Report on horse surra - Volume I
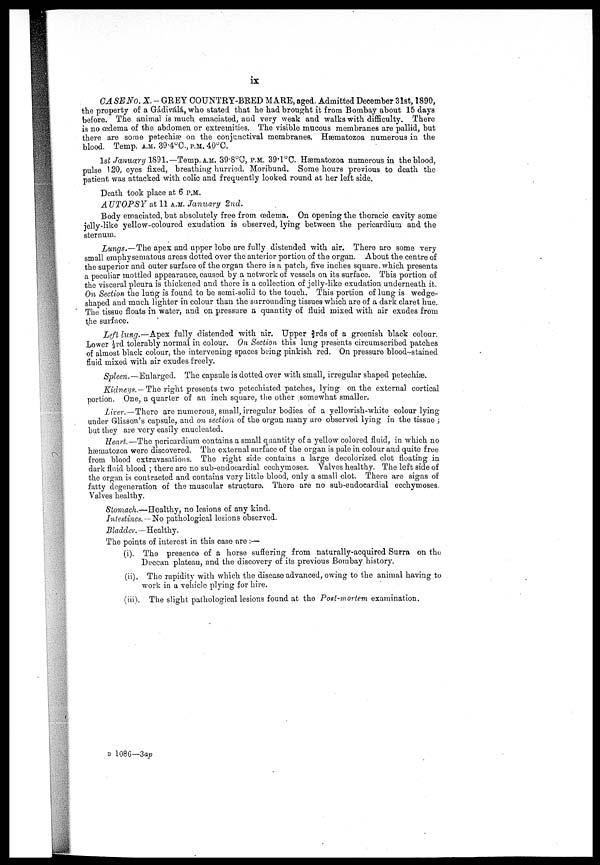
ix
CASE No. X. -GREY COUNTRY-BRED MARE, aged. Admitted December 31st, 1890,
the property of a Gádiválá, who stated that he had brought it from Bombay about 15 days
before. The animal is much emaciated, and very weak and walks with difficulty. There
is no œdema of the abdomen or extremities. The visible mucous membranes are pallid, but
there are some petechiæ on the conjunctival membranes. Hæmatozoa numerous in the
blood. Temp. A.M. 39.4°C.,P.M. 40°C.
1st January 1891.— Temp. A.M. 39.8°C, P.M. 39.1°C. Hæmatozoa numerous in the blood,
pulse 120, eyes fixed, breathing hurried. Moribund. Some hours previous to death the
patient was attacked with colic and frequently looked round at her left side.
Death took place at 6 P.M.
AUTOPSY at 11A.M. January 2nd.
Body emaciated, but absolutely free from œdema, On opening the thoracic cavity some
jelly-like yellow-coloured exudation is observed, lying between the pericardium and the
sternum.
Lungs.—The apex and upper lobe are fully distended with air. There are some very
small emphysematous areas dotted over the anterior portion of the organ. About the centre of
the superior and outer surface of the organ there is a patch, five inches square, which presents
a peculiar mottled appearance, caused by a network of vessels on its surface. This portion of
the visceral pleura is thickened and there is a collection of jelly-like exudation underneath it.
On Section the lung is found to be semi-solid to the touch. This portion of lung is wedge-
shaped and much lighter in colour than the surrounding tissues which are of a dark claret hue.
The tissue floats in water, and on pressure a quantity of fluid mixed with air exudes from
the surface.
Left lung.—Apex fully distended with air. Upper ⅓rds of a greenish black colour.
Lower ⅓rd tolerably normal in colour. On Section this lung presents circumscribed patches
of almost black colour, the intervening spaces being pinkish red. On pressure blood-stained
fluid mixed with air exudes freely.
Spleen.—Enlarged.
The capsule is dotted over with small, irregular shaped petechiæ.
Kidneys.— The right presents two petcchiated patches, lying on the external cortical
portion. One, a quarter of an inch square, the other somewhat smaller.
Liver.—There are numerous, small, irregular bodies of a yellowish-white colour lying
under Glissan's capsule, and on section of the organ many are observed lying in the tissue ;
but they are very easily enucleated.
Heart.—The pericardium contains a small quantity of a yellow colored fluid, in which no
hæmatozoa were discovered. The external surface of the organ is pale in colour and quite free
from blood extravasations. The right side contains a large decolorized clot floating in
dark fluid blood ; there are no sub-endocardial ecchymoses. Valves healthy. The left side of
the organ is contracted and contains very little blood, only a small clot. There are signs of
fatty degeneration of the muscular structure. There are no sub-eudocardial ecchymoses.
Valves healthy.
Stomach.—Healthy, no lesions of any kind.
Intestines.—No pathological lesions observed.
Bladder.—Healthy.
The points of interest in this case are :—
(i). The presence of a horse suffering from naturally-acquired Surra on the
Deccan plateau, and the discovery of its previous Bombay history.
(ii). The rapidity with which the disease advanced, owing to the animal having to
work in a vehicle plying for hire.
(iii). The slight pathological lesions found at the Post-mortem examination.
B 1086—3 ap